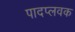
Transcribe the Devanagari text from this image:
पादप्लवक